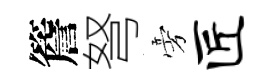
簷弩旁匠